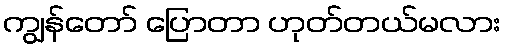
ကျွန်တော် ပြောတာ ဟုတ်တယ်မလား